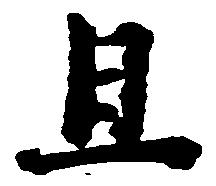
旦